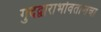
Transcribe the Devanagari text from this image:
गुदद्वाराभोवतालचा